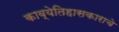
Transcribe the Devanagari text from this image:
काव्येतिहासकाराचे